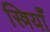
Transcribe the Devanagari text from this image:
स्त्रियाँं